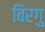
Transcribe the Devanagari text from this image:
बिरगु